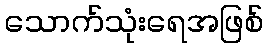
သောက်သုံးရေအဖြစ်